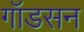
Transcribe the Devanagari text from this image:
गॉडसन